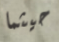
حيثما